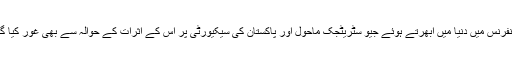
کانفرنس میں دنیا میں ابھرتے ہوئے جیو سٹریٹجک ماحول اور پاکستان کی سیکیورٹی پر اس کے اثرات کے حوالہ سے بھی غور کیا گیا۔